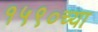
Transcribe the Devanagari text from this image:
१५९०च्या